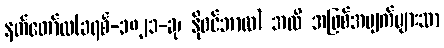
နတ်တော်လ(ခရစ်-၁၈၂၁-ခု၊ နိုဝင်ဘာလ) အထိ အဖြစ်အပျက်များသာ